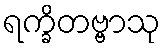
ရက္ခိတဗ္ဗာသု